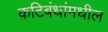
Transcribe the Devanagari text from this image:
कटिबंधांमधील